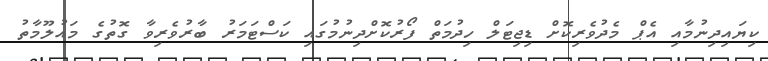
ކިޔައިދިނުމާއި އެޕް މެދުވެރިކޮށް ޑިޖިޓަލް ހިދުމަތް ފޯރުކޮށްދިނުމުގައި ކަސްޓަމަރު ބާރުވެރިވާ ގޮތުގެ މައުލޫމާތު